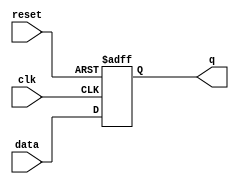
module flip_flop (
    input clk,       // Clock signal
    input reset,     // Asynchronous reset signal
    input data,      // Input data signal
    
    output reg q     // Output data signal
);

always @(posedge clk or posedge reset) begin
    if (reset) begin
        q <= 1'b0;   // Reset state
    end else begin
        q <= data;   // Update state based on input data
    end
end

endmodule